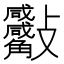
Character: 𧥙